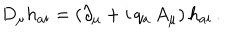
D _ { \mu } h _ { a i } = ( \partial _ { \mu } + i \, q _ { a } \, A _ { \mu } ) \, h _ { a i } \, .